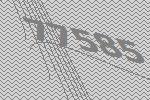
77585